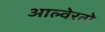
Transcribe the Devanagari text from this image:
आल्वेरतो